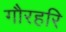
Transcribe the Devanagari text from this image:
गौरहरि